Plague in India, 1896, 1897 - Volume 1
Year: 1896
Disease focus: Plague
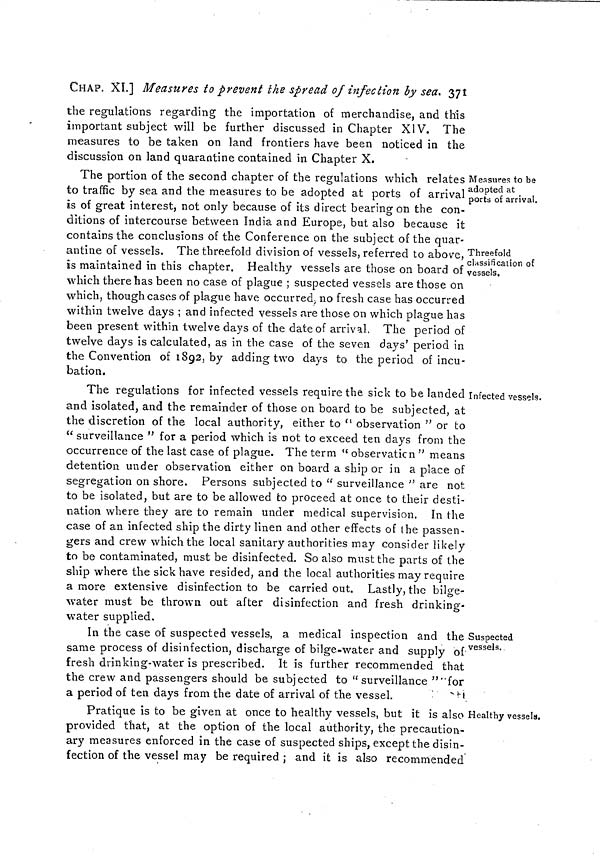
CHAP. XI.] Measures to prevent the spread of infection by sea. 371
the regulations regarding the importation of merchandise, and this
important subject will be further discussed in Chapter XIV. The
measures to be taken on land frontiers have been noticed in the
discussion on land quarantine contained in Chapter X.
Measures to be
adopted at
ports of arrival.
Threefold
classification of
vessels.
The portion of the second chapter of the regulations which relates
to traffic by sea and the measures to be adopted at ports of arrival
is of great interest, not only because of its direct bearing on the con-
ditions of intercourse between India and Europe, but also because it
contains the conclusions of the Conference on the subject of the quar-
antine of vessels. The threefold division of vessels, referred to above,
is maintained in this chapter. Healthy vessels are those on board of
which there has been no case of plague ; suspected vessels are those on
which, though cases of plague have occurred, no fresh case has occurred
within twelve days ; and infected vessels are those on which plague has
been present within twelve days of the date of arrival, The period of
twelve days is calculated, as in the case of the seven days' period in
the Convention of 1892, by adding two days to the period of incu-
bation.
Infected vessels.
The regulations for infected vessels require the sick to be landed
and isolated, and the remainder of those on board to be subjected, at
the discretion of the local authority, either to " observation " or to
" surveillance " for a period which is not to exceed ten days from the
occurrence of the last case of plague. The term " observation " means
detention under observation either on board a ship or in a place of
segregation on shore. Persons subjected to " surveillance " are not
to be isolated, but are to be allowed to proceed at once to their desti-
nation where they are to remain under medical supervision. In the
case of an infected ship the dirty linen and other effects of the passen-
gers and crew which the local sanitary authorities may consider likely
to be contaminated, must be disinfected. So also must the parts of the
ship where the sick have resided, and the local authorities may require
a more extensive disinfection to be carried out. Lastly, the bilge-
water must be thrown out after disinfection and fresh drinking-
water supplied.
Suspected
vessels.
In the case of suspected vessels, a medical inspection and the
same process of disinfection, discharge of bilge-water and supply of
fresh drinking-water is prescribed. It is further recommended that
the crew and passengers should be subjected to " surveillance " for
a period of ten days from the date of arrival of the vessel.
Healthy vessels.
Pratique is to be given at once to healthy vessels, but it is also
provided that, at the option of the local authority, the precaution-
ary measures enforced in the case of suspected ships, except the disin-
fection of the vessel may be required ; and it is also recommended